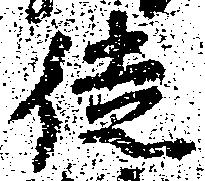
徒